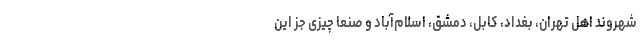
شهروند اهل تهران، بغداد، کابل، دمشق، اسلام‌آباد و صنعا چیزی جز این